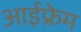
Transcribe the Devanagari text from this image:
आईफ्रेम